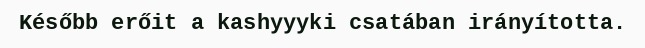
Később erőit a kashyyyki csatában irányította.